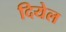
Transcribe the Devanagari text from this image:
दियेल